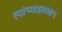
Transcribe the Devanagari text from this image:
त्यांच्याइतक्याच